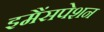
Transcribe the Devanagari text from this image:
इमैंसपेशन